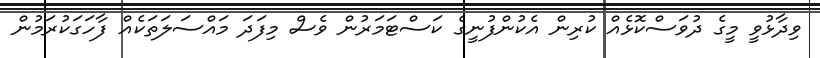
ވިދާޅުވީ މީގެ ދުވަސްކޮޅެއް ކުރިން އެކުންފުނީގެ ކަސްޓަމަރުން ވެސް މިފަދަ މައްސަލަތަކެއް ފާހަގަކުރަމުން